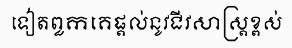
ទៀតពួកគេផ្តល់នូវជីវសាស្ត្រខ្ពស់